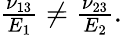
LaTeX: \begin{array}{r}{\frac{\nu_{13}}{E_{1}}\neq\frac{\nu_{23}}{E_{2}}.}\end{array}